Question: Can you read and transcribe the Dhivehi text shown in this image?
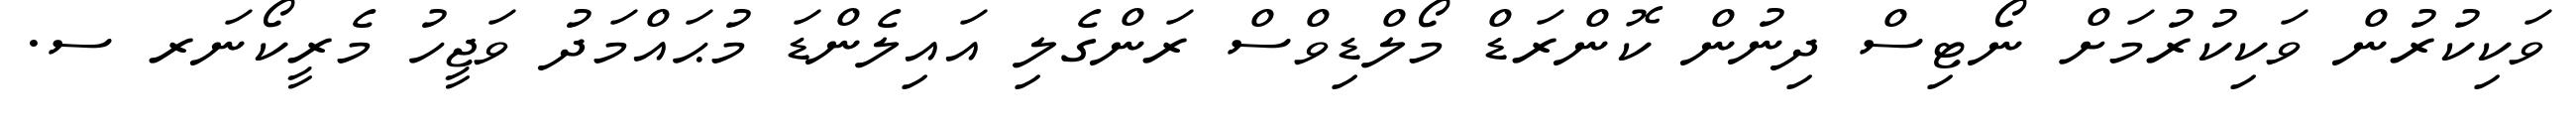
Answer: ވަކިކުރުން ވަކިކުރުމަށް ނޯޓިސް ދިނުން ކޮންރަޑް މޯލްޑިވްސް ރަންގެލި އައިލެންޑަ މުޙައްމަދު ވަޖީހު މެރީކޯނަރ ސ.